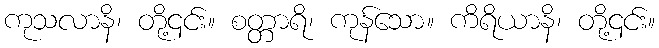
ကုသလာနိ၊ တို့၎င်း။ စတ္တာရိ၊ ကုန်သော။ ကိရိယာနိ၊ တို့၎င်း။